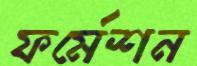
ফর্মেশন